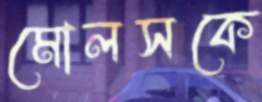
মোলসকে